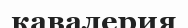
кавалерия